Summary of further report on surra
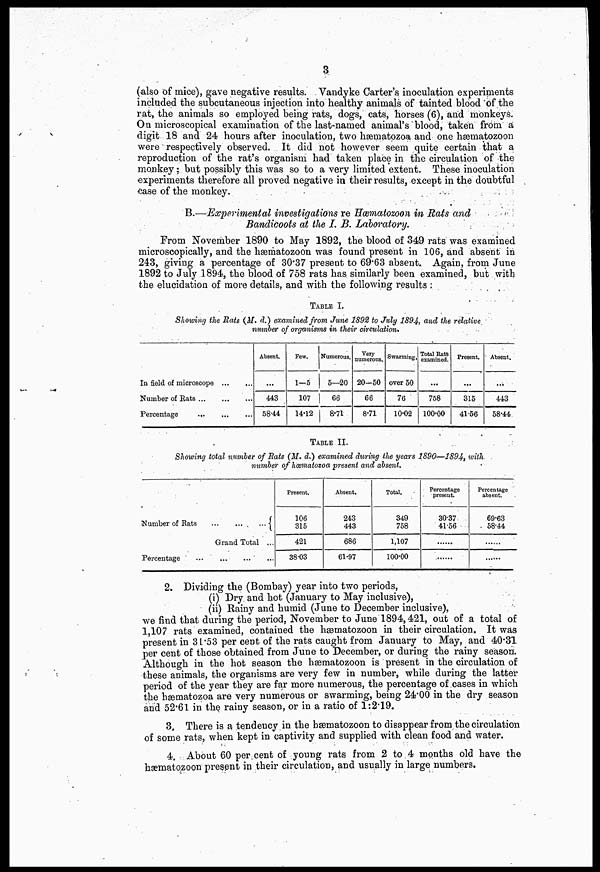
3
(also of mice), gave negative results. Vandyke Carter's inoculation experiments
included the subcutaneous injection into healthy animals of tainted blood of the
rat, the animals so employed being rats, dogs, cats, horses (6), and monkeys.
On microscopical examination of the last-named anunalVblood, taken from a
digit 18 and 24 hours after inoculation, two hæniatozoa and one hæmatozoon
were respectively observed. It did not however seem quite certain that a
reproduction of the rat's organism had taken place in the circulation of the
monkey; but possibly this was so to a very limited extent. These inoculation
experiments therefore all proved negative in their results, except in the doubtful
case of the monkey.
B.—Experimental investigations re Hæmatozoon in Rats and
Bandicoots at the I. B. Laboratory.
From November 1890 to May 1892, the blood of 349 rats was examined
microscopically, and the hæmatozoon was found present in 106, and absent in
243, giving a percentage of 30.37 present to 69.63 absent. Again, from June
1892 to July 1894, the blood of 758 rats has similarly been examined, but with
the elucidation of more details, and with the following results :
TABLE I.
Showing the Rats (M. d.) examined from June 1892 to July 1894, and the relative
number of organisms in their circulation.
In field of microscope
Number of Rats
Percentage
...
Absent.
...
443
58-44
Few.
1—5
107
14.12
Numerous.
5—20
66
8.71
Very
numerous.
20-50
66
8.71
Swarming.
over 50
76
10.02
Total Rats
examined.
...
758
100.00
Present.
...
315
41.56
Absent.
...
443
58.44.
TABLE II.
Showing total number of Rats (M. d.) examined during the years 1890—1894, with,
number of hæmatozoa present and absent.
Number of Rats
Grand Total ...
Percentage
Present.
106
315
421
38.03
Absent.
243
443
686
61.97
Total.
349
758
1,107
100.00
Percentage
present.
30.37
41.56
.....
.....
Percentage
absent.
69.63
58.44
.....
.....
2. Dividing the (Bombay) year into two periods,
(i) Dry. and hot (January to May inclusive),
(ii) Rainy and humid (June to December inclusive),
we find that during the period, November to June 1894,421, out of a total of
1,107 rats examined, contained the hæmatozoon in their circulation. It was
present in 31.53 per cent of the rats caught from January to May, and 40.31
per cent of those obtained from June to December, or during the rainy season.
Although in the hot season the hæmatozoon is present in the circulation of
these animals, the organisms are very few in number, while during the latter
period of the year they are far more numerous, the percentage of cases in which
the hematozoa are very numerous or swarming, being 24.00 in the dry season
and 52.61 in the, rainy season, or in a ratio of 1:2.19.
3. There is a tendency in the hematozoon to disappear from the circulation
of some rats, when kept in captivity and supplied with clean food and water.
4. About 60 per cent of young rats from 2 to 4 months old have the
hæmatozoon present in their circulation, and usually in large numbers.